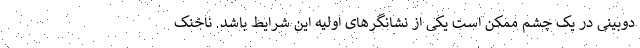
دوبینی در یک چشم ممکن است یکی از نشانگرهای اولیه این شرایط باشد. ناخنک